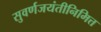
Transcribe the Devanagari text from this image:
सुवर्णजयंतीनिमित्त